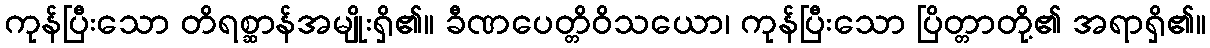
ကုန်ပြီးသော တိရစ္ဆာန်အမျိုးရှိ၏။ ခီဏပေတ္တိဝိသယော၊ ကုန်ပြီးသော ပြိတ္တာတို့၏ အရာရှိ၏။